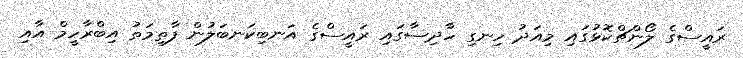
ރައީސްގެ ލޯންޗްކޮޅުގައި މިއަދު ހިނގި ހާދިސާގައި ރައީސްގެ އަނބިކަނބަލުން ފާތިމަތު އިބްރާހީމް އާއި